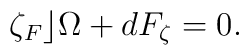
\zeta_F\rfloor \Omega+dF_\zeta=0.